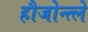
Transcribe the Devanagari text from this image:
हौजोन्त्ले